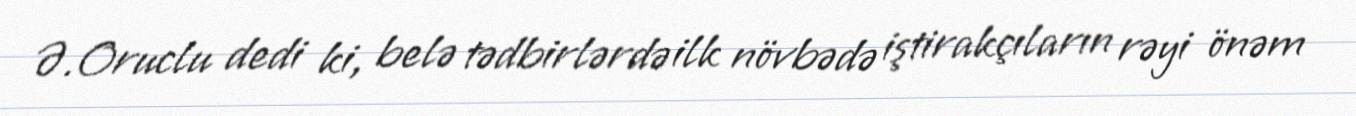
Ə.Oruclu dedi ki, belə tədbirlərdə ilk növbədə iştirakçıların rəyi önəm